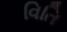
વિતિ